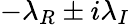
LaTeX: -\lambda_{R}\pm i\lambda_{I}